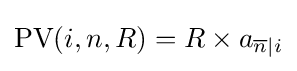
{\text{PV}}(i,n,R)=R\times a_{{\overline {n}}|i}